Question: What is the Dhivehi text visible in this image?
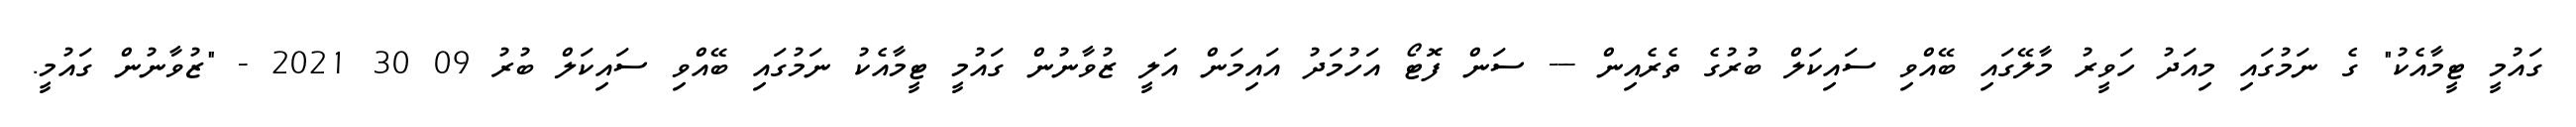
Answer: ގައުމީ ޓީމާއެކު" ގެ ނަމުގައި މިއަދު ހަވީރު މާލޭގައި ބޭއްވި ސައިކަލް ބުރުގެ ތެރެއިން --- ސަން ފޮޓޯ އަހުމަދު އައިމަން އަލީ ޒުވާނުން ގައުމީ ޓީމާއެކު ނަމުގައި ބޭއްވި ސައިކަލް ބުރު 09 30 2021 - "ޒުވާނުން ގައުމީ.